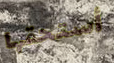
أستحقها